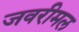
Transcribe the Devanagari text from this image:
जवरीमल